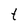
Character: t